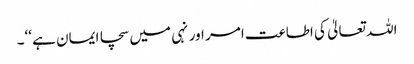
اللہ تعالیٰ کی اطاعت امر اور نہی میں سچا ایمان ہے ‘‘۔